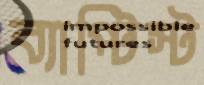
ব্যাপ্টিস্ট